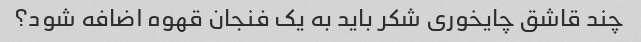
چند قاشق چایخوری شکر باید به یک فنجان قهوه اضافه شود؟